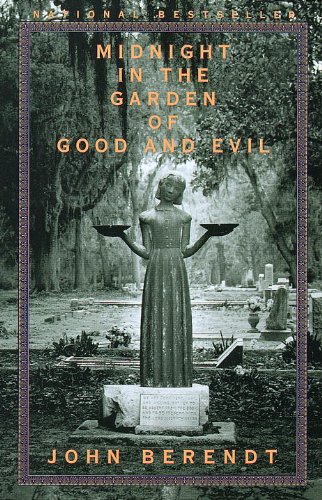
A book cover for Midnight in the Garden of Good and Evil: A Savannah Story; John Berendt; Literature & Fiction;